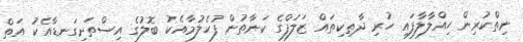
ނިތްކުރިން ހިއްލާލާފައި ހުރި ދާތިކިތައް ޒަލަފްގެ ކަނާތުން ފުހެލުމާއެކު ބޮލުގެ އިސްތަށިގަނޑާއެކު އަތް